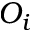
O _ { i }